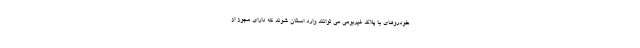
خودروهای با پلاک غیربومی می توانند وارد استان شوند که دارای مجوز از